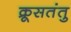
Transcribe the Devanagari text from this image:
क्रूसतंतु